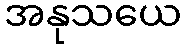
အနုသယေ